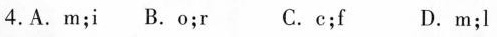
4.A.M;i B.O;r C.c;f D.m;l